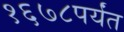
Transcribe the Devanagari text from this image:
१६७८पर्यंत